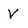
Character: V